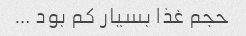
حجم غذا بسیار کم بود …